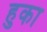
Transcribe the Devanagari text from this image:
हुका